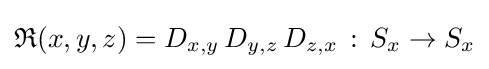
{\mathfrak {R}}(x,y,z)=D_{x,y}\,D_{y,z}\,D_{z,x}\,:\,S_{x}\rightarrow S_{x}